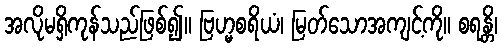
အလိုမရှိကုန်သည်ဖြစ်၍။ ဗြဟ္မစရိယံ၊ မြတ်သောအကျင့်ကို။ စရန္တိ၊